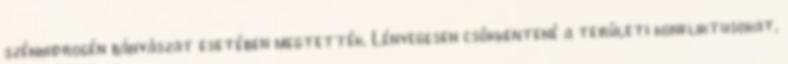
szénhidrogén bányászat esetében megtették. Lényegesen csökkentené a területi konfliktusokat,